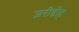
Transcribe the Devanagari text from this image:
जरीडीह